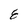
Character: 8